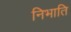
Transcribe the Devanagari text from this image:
निभाति